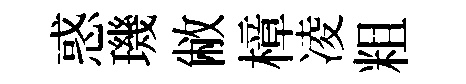
惑璣敝樟凌粗